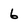
Character: 6